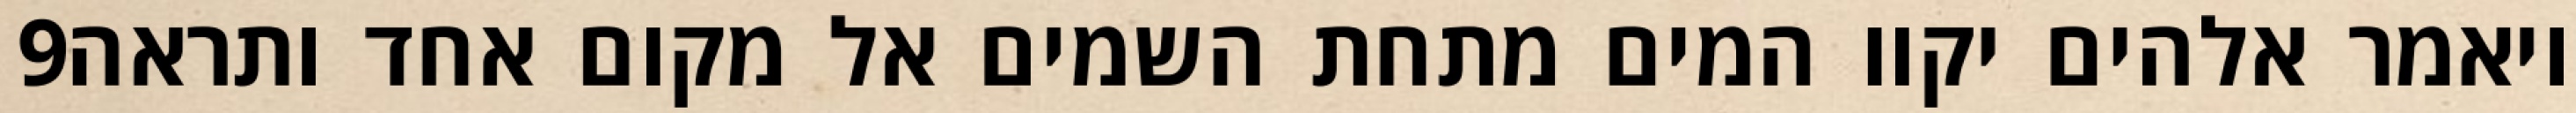
‎9‏ ויאמר אלהים יקוו המים מתחת השמים אל מקום אחד ותראה